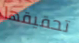
تحقيقها